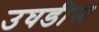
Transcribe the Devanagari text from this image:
उघडीस